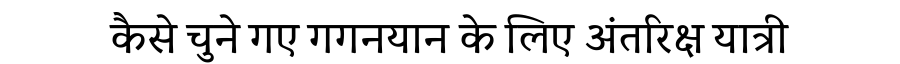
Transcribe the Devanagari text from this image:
कैसे चुने गए गगनयान के लिए अंतरिक्ष यात्री